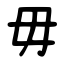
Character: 毋